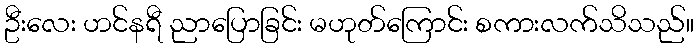
ဦးလေး ဟင်နရီ ညာပြောခြင်း မဟုတ်ကြောင်း စကားလက်သိသည်။